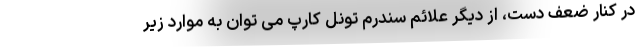
در کنار ضعف دست، از دیگر علائم سندرم تونل کارپ می توان به موارد زیر